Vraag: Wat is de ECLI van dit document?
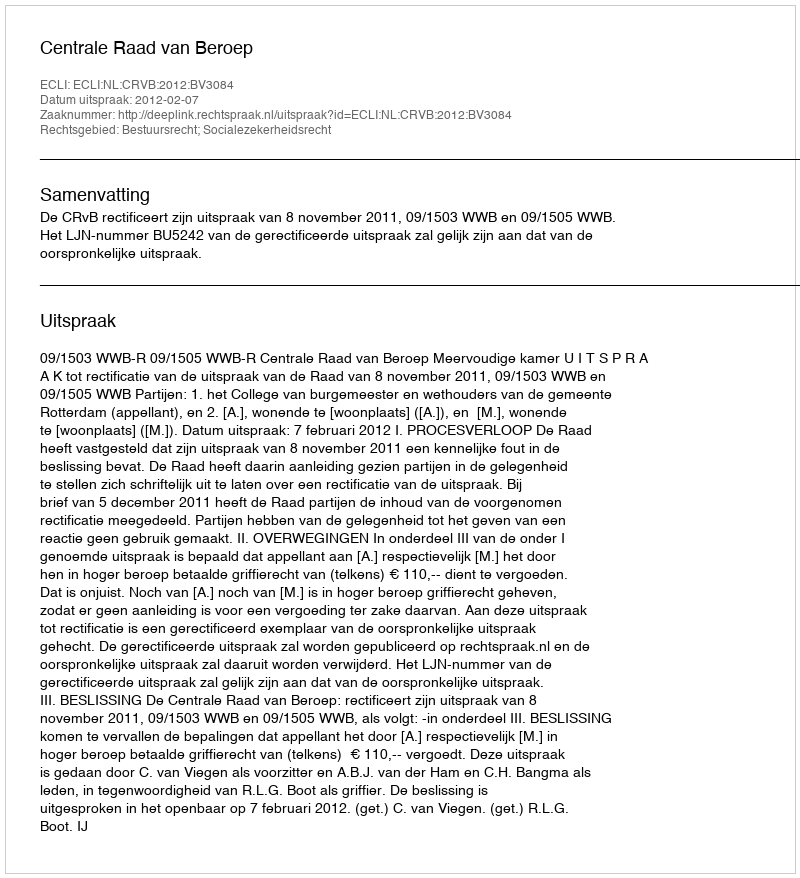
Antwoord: ECLI:NL:CRVB:2012:BV3084